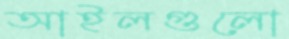
আইলগুলো